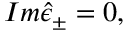
I m \hat { \epsilon } _ { \pm } = 0 ,